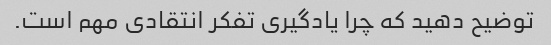
توضیح دهید که چرا یادگیری تفکر انتقادی مهم است.